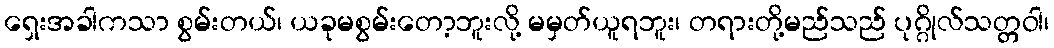
ရှေးအခါကသာ စွမ်းတယ်၊ ယခုမစွမ်းတော့ဘူးလို့ မမှတ်ယူရဘူး၊ တရားတို့မည်သည် ပုဂ္ဂိုလ်သတ္တဝါ၊